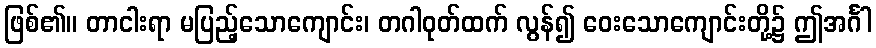
ဖြစ်၏။ တာငါးရာ မပြည့်သောကျောင်း၊ တဂါဝုတ်ထက် လွန်၍ ဝေးသောကျောင်းတို့၌ ဤအင်္ဂါ